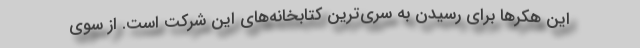
این هکرها برای رسیدن به سری‌ترین کتابخانه‌های این شرکت است. از سوی